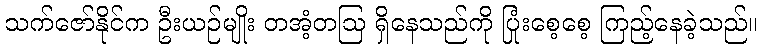
သက်ဇော်နိုင်က ဦးယဉ်မျိုး တအံ့တဩ ရှိနေသည်ကို ပြုံးစေ့စေ့ ကြည့်နေခဲ့သည်။